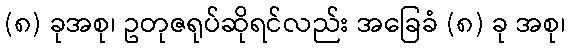
(၈) ခုအစု၊ ဥတုဇရုပ်ဆိုရင်လည်း အခြေခံ (၈) ခု အစု၊